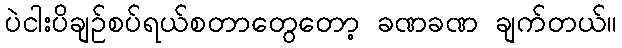
ပဲငါးပိချဉ်စပ်ရယ်စတာတွေတော့ ခဏခဏ ချက်တယ်။